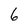
Character: 6